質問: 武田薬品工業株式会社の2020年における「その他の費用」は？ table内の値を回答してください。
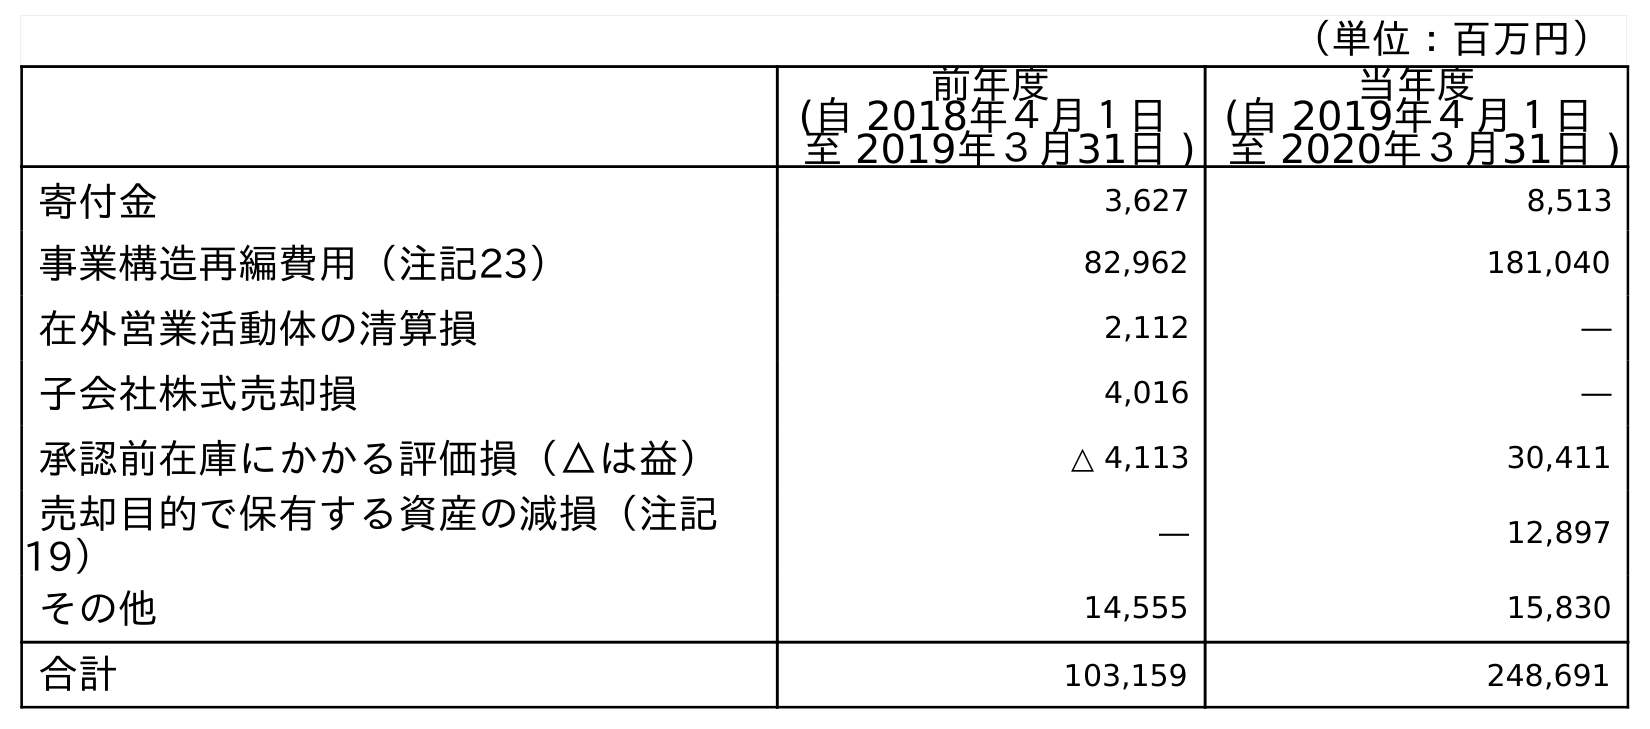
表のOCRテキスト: （単位：百万円） 前年度 (自 2018年４月１日 至 2019年３月31日 ) 当年度 (自 2019年４月１日 至 2020年３月31日 ) 寄付金 3,627 8,513 事業構造再編費用（注記23） 82,962 181,040 在外営業活動体の清算損 2,112 ― 子会社株式売却損 4,016 ― 承認前在庫にかかる評価損（△は益） △ 4,113 30,411 売却目的で保有する資産の減損（注記 19） ― 12,897 その他 14,555 15,830 合計 103,159 248,691
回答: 248,691